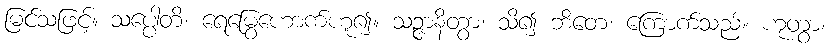
မြင်သဖြင့်။ သပ္ပေါတိ၊ ရေမြွေဟောက်ဟူ၍။ သဉ္ဇာနိတွာ၊ သိ၍ ဘိတေ၊ ကြောက်သည်။ ဟုတွာ၊